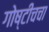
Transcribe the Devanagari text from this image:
गोष्टीचचा